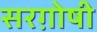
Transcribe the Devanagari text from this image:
सरग़ोषी